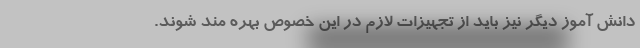
دانش آموز دیگر نیز باید از تجهیزات لازم در این خصوص بهره مند شوند.